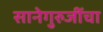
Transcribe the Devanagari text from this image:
सानेगुरुजींचा